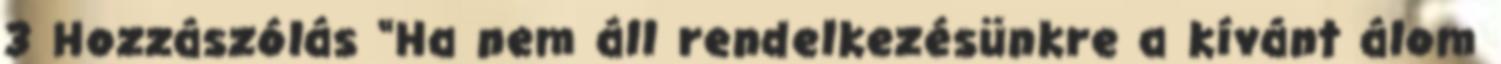
3 Hozzászólás “Ha nem áll rendelkezésünkre a kívánt álom